Lunatic asylums Punjab 1868-1880 - 1868-1880
Year: 1868
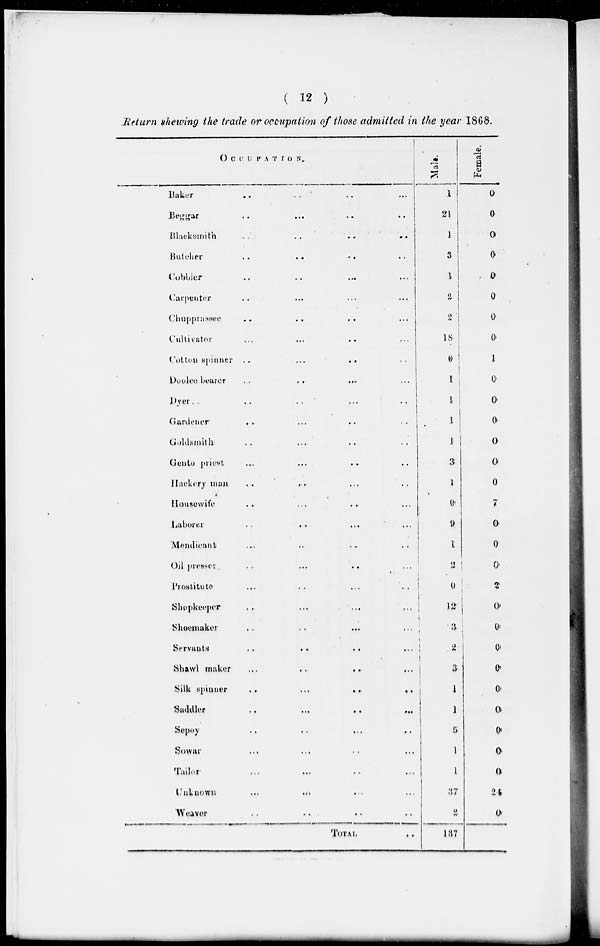
( 12 )
Return shewing the trade or occupation of those admitted in the year 1868.
OCCUPATION.
Baker
...
...
...
...
Beggar
...
...
...
...
Blacksmith
...
...
...
...
Butcher
...
...
...
...
Cobbler ... ... ... ...
Carpenter ... ... ... ...
Chupprassee ... ... ... ...
Cultivator ... ... ... ...
Cotton spinner
...
...
...
...
Doolee bearer ... ... ... ...
Dyer ... ... ... ...
Gardener ... ... ... ...
Goldsmith ... ... ... ...
Gento priest
...
...
..
...
Hackery man ... ... ... ...
Housewife
...
...
...
...
Laborer
...
...
...
...
Mendicant ... ... ... ...
Oil presser
...
...
...
...
Prostitute ... ... ... ...
Shopkeeper
...
...
...
...
Shoemaker ... ... ... ...
Servants
...
...
...
...
Shawl maker
...
..
..
...
Silk
spinner
..
...
..
..
Saddler
..
...
..
...
Sepoy
..
..
...
...
Sowar
...
...
..
...
Tailor
...
...
.. ...
Unknown
...
...
... ...
Weaver
..
.. .. ..
TOTAL
..
Male.
1
21
1
3
1
2
2
18
0
1
1
1
1
3
1
0
9
1
2
0
12
3
2
3
1
1
5
1
1
37
2
137
Female.
0
0
0
0
0
0
0
0
1
0
0
0
0
0
0
7
0
0
0
2
0
0
0
0
0
0
0
0
0
24
0